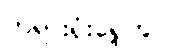
တရားရုံးရှေ့တွင်